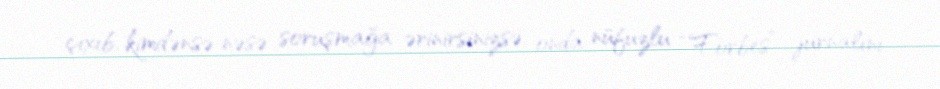
çıxıb, kimdənsə nəsə soruşmağa ərinirsinizsə, onda nüfuzlu “Forbes” jurnalını